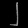
Digit: ၂